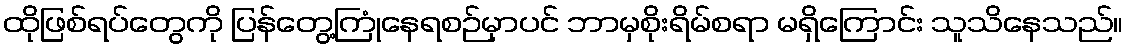
ထိုဖြစ်ရပ်တွေကို ပြန်တွေ့ကြုံနေရစဉ်မှာပင် ဘာမှစိုးရိမ်စရာ မရှိကြောင်း သူသိနေသည်။